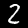
Label: 2